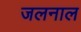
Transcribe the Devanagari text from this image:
जलनाल